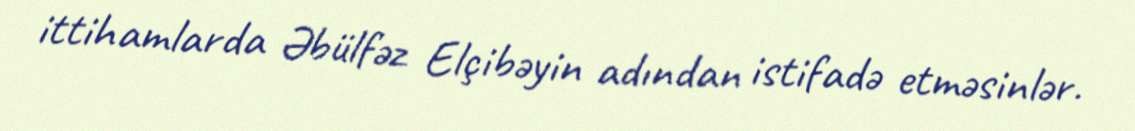
ittihamlarda Əbülfəz Elçibəyin adından istifadə etməsinlər.